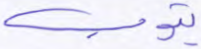
يتوب